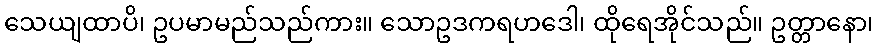
သေယျထာပိ၊ ဥပမာမည်သည်ကား။ သောဥဒကရဟဒေါ၊ ထိုရေအိုင်သည်။ ဥတ္တာနော၊